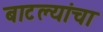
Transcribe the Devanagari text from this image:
बाटल्यांचा